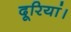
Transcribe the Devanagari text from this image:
दूरियां।